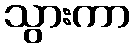
သွားကာ